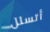
أتسلل